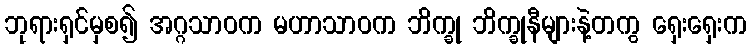
ဘုရားရှင်မှစ၍ အဂ္ဂသာဝက မဟာသာဝက ဘိက္ခု ဘိက္ခုနီများနဲ့တကွ ရှေးရှေးက